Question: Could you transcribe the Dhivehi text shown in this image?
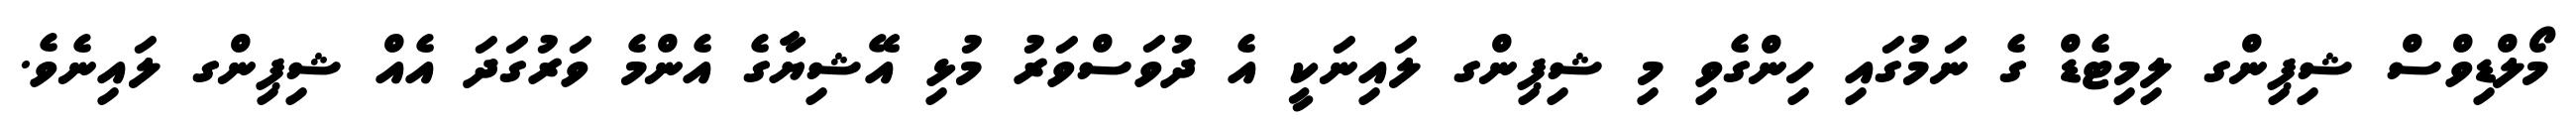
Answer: މޯލްޑިވްސް ޝިޕިންގ ލިމިޓެޑް ގެ ނަމުގައި ހިންގެވި މި ޝިޕިންގ ލައިނަކީ އެ ދުވަސްވަރު މުޅި އޭޝިޔާގެ އެންމެ ވަރުގަދަ އެއް ޝިޕިންގ ލައިނެވެ.